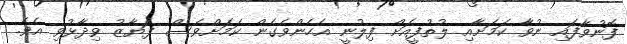
ފޮނުވާފައި ނުވާ ކަމަށާއި ލުތުފީއަށް ފިލުނީ އެހެންވެގެން ކަމަށްވެސް ފަޔާޒު ވިދާޅުވި އެވެ.